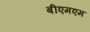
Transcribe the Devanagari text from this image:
बीएमएम